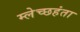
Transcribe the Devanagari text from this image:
म्लेच्छहंता